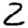
Digit: 2